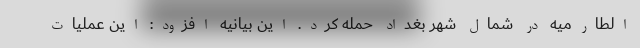
الطارمیه در شمال شهر بغداد حمله کرد. این بیانیه افزود: این عملیات